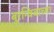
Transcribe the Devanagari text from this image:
बुरग्विबाच्या